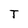
Character: T